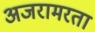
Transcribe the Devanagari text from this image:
अजरामरता